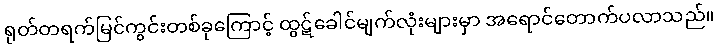
ရုတ်တရက်မြင်ကွင်းတစ်ခုကြောင့် ထွဋ်ခေါင်မျက်လုံးများမှာ အရောင်တောက်ပလာသည်။